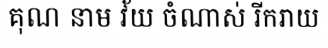
គុណ នាម វ័យ ចំណាស់ រីករាយ